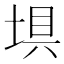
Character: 埧